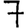
Digit: 7